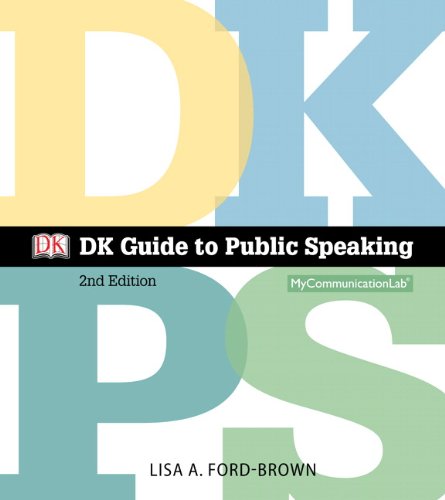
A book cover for DK Guide to Public Speaking Plus NEW MyCommunicationLab with Pearson eText -- Access Card Package (2nd Edition); Lisa A. Ford-Brown; Reference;